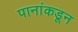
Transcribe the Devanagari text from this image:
पानांकडून